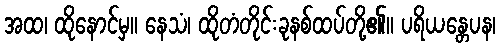
အထ၊ ထိုနောင်မှ။ နေသံ၊ ထိုတံတိုင်းခုနစ်ထပ်တို့၏။ ပရိယန္တေပန၊